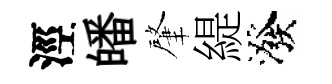
涇皤肇緹潑